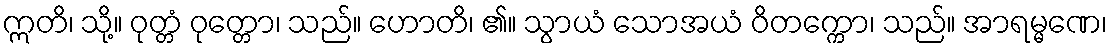
ဣတိ၊ သို့။ ဝုတ္တံ ဝုတ္တော၊ သည်။ ဟောတိ၊ ၏။ သွာယံ သောအယံ ဝိတက္ကော၊ သည်။ အာရမ္မဏေ၊